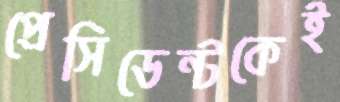
প্রেসিডেন্টকেই